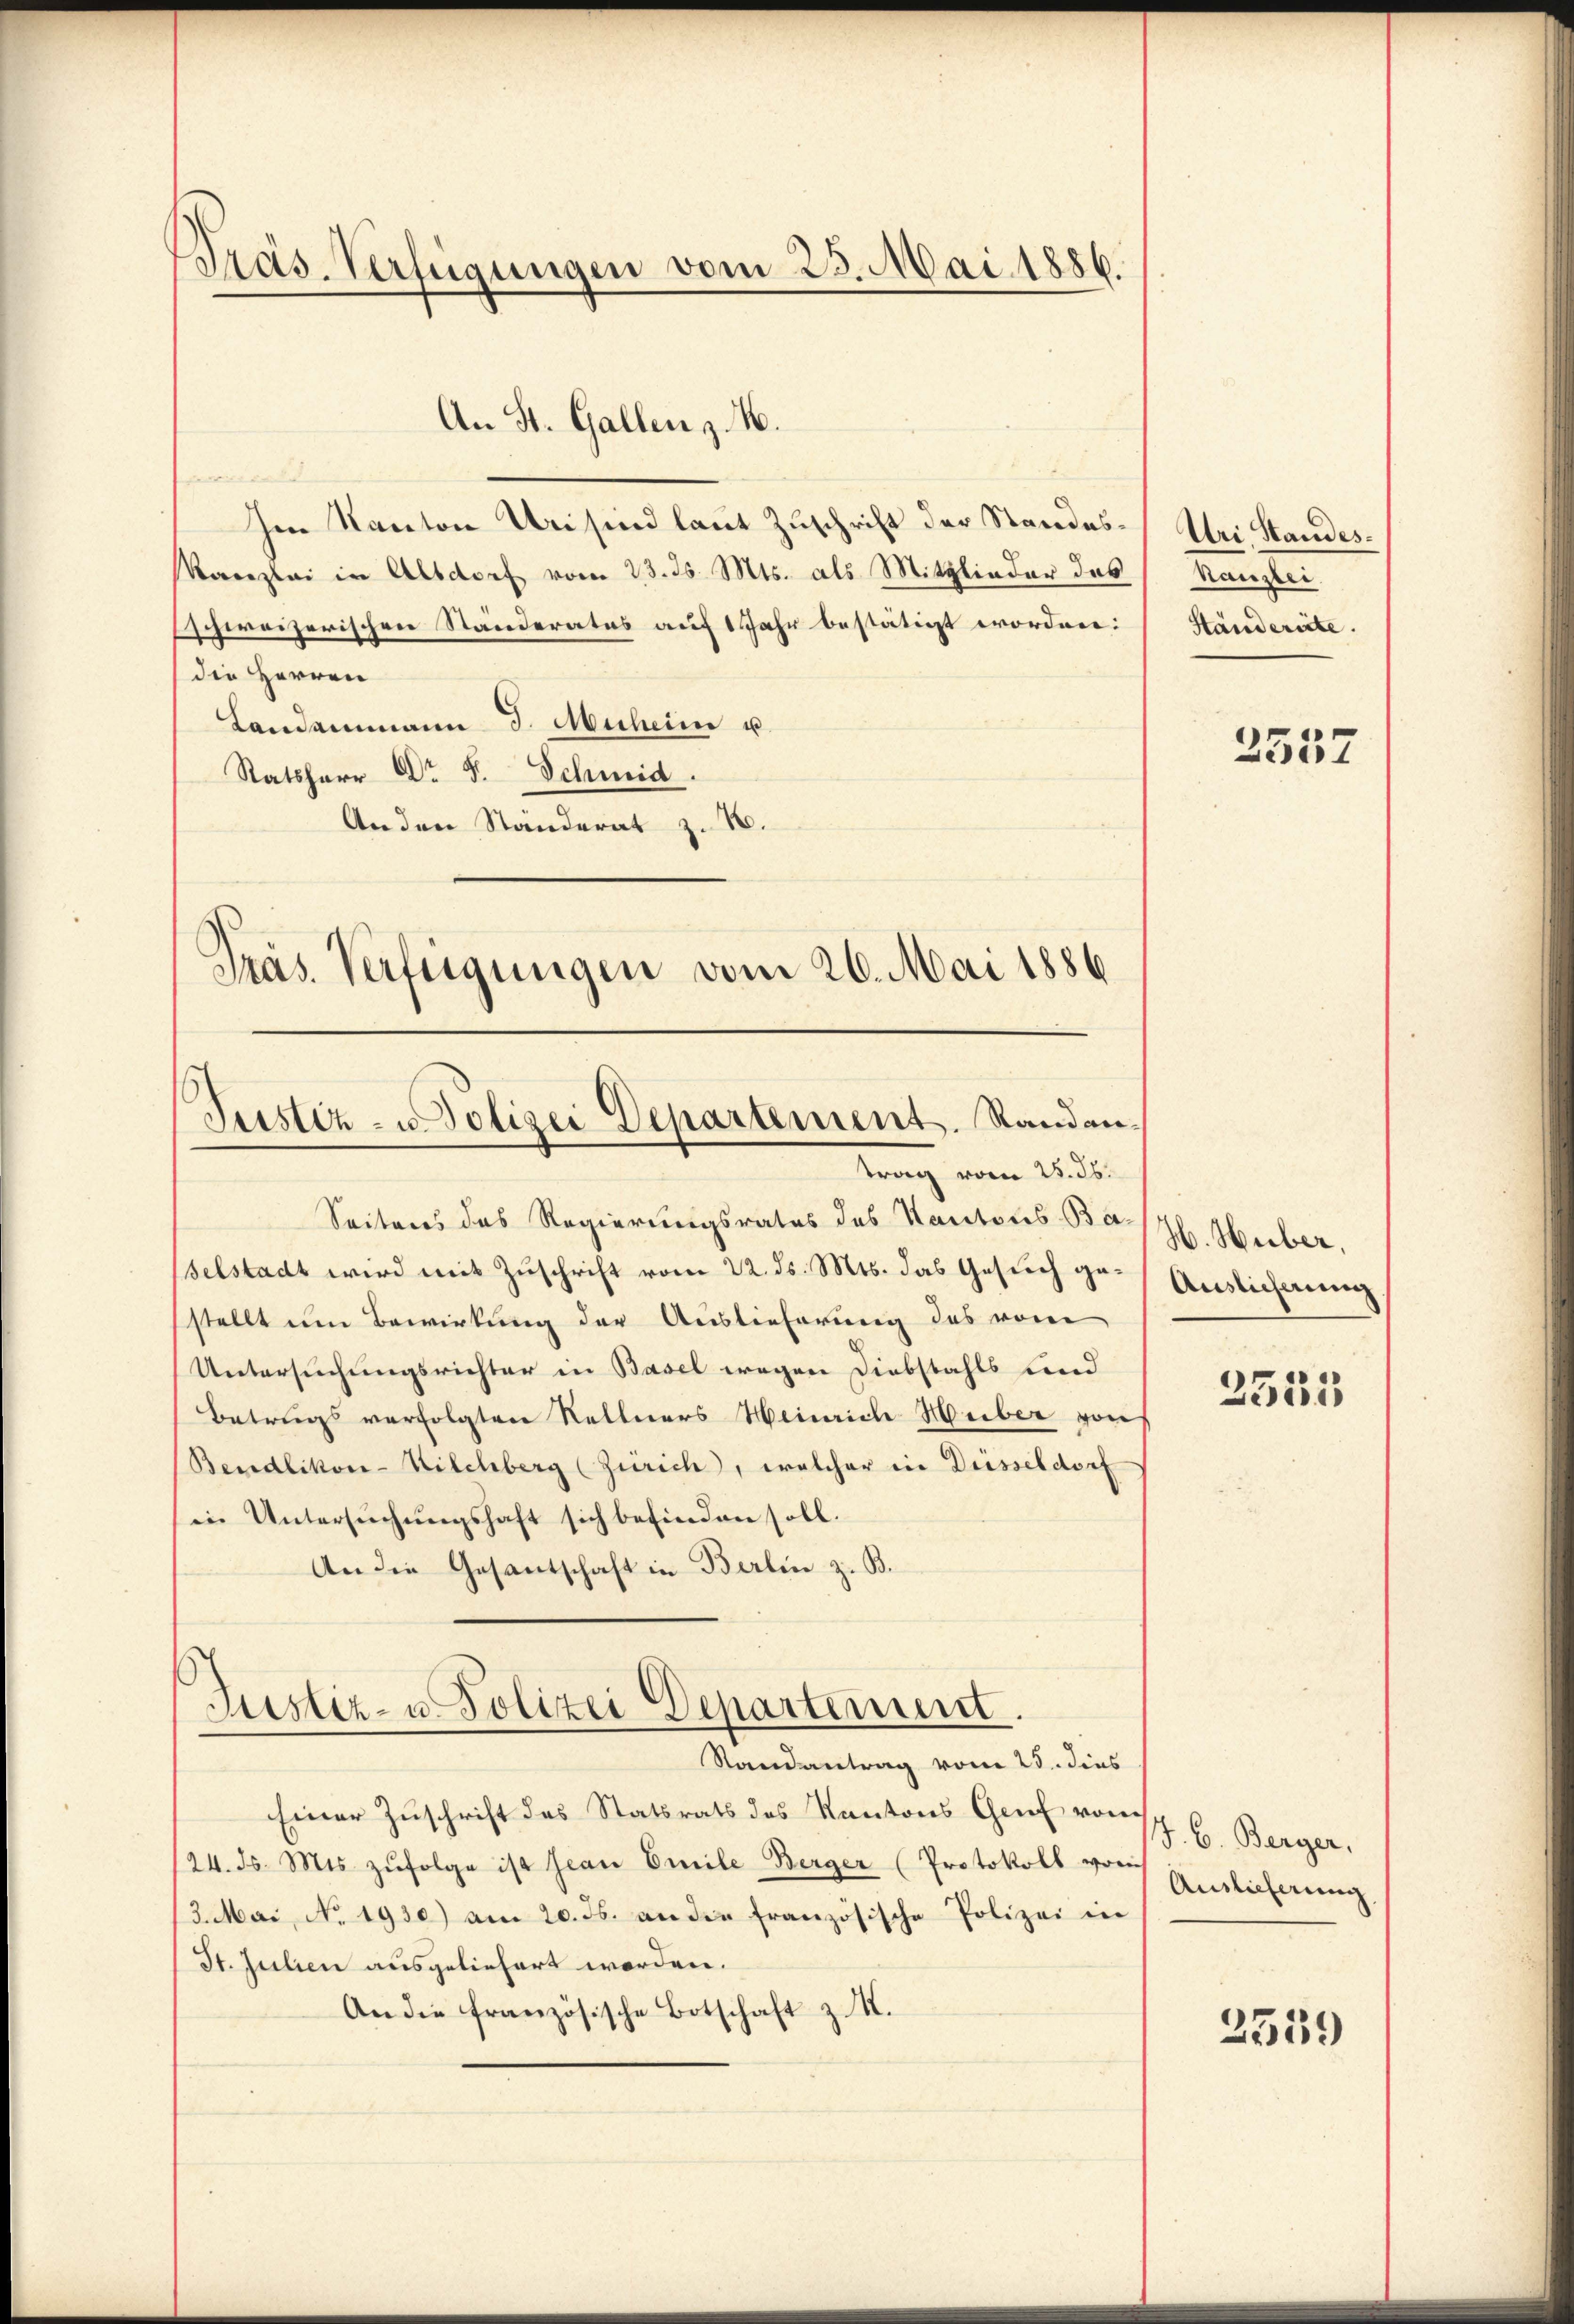
Præs-Verfügungen vom 23. Mai 1886.

mat
Im Kanton Uri sind laut Zuschrift der Standes¬
Kanzlei in Altdorf vom 23. ds. Mts. als Mitglieder das
schweizerischen Ständerates auf 1 Jahr bestätigt worden:
die Herren
Landammann J. Muheim u
Ratsherr Dr. S. Schmid.
An den Ständerat z. B.
Präs. Verfügungen vom 26. Mai 1886

Justiz- u Polizei Departement. Randantrag vom 25. ds.

An St. Gallen z. B.

Justiz- u Polizei Departement.
Randantrag vom 25. dies

Seiteres das Regierungsrates des Kantons Baselstadt wird mit Zuschrift vom 22. ds. Mts. das Gesuch gestellt um Bewirkung der Auslieferung des vom
Untersuchungsrichter in Basel wegen Diebstahls und
Betrugs verfolgten Kellners Heinrich Heiber von
Bendlikon-Kilchberg (Zürich, welcher in Diesseldorf
in Untersuchungshaft sich befinden soll.
An die Gesantschaft in Berlin z. B.

Einer Zuschrift des Statsrats des Kantons Genf von
24. ds. Mts. zŭfolge ist Jean Emile Berger Protokoll vom
13. Mai, No. 1930) am 20. ds. an die französische Polizei in
St. Julien ausgeliefert worden.
An die französische Botschaft z. M.

Uri, Standes¬
Reglei
Ständereite.

2557

H. Huber,
Auslicherung

2555

J. C. Berger,
Auslieferung

2559